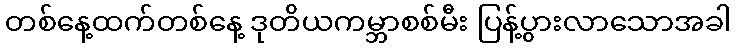
တစ်နေ့ထက်တစ်နေ့ ဒုတိယကမ္ဘာစစ်မီး ပြန့်ပွားလာသောအခါ